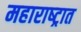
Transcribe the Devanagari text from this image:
महाराष्‍ट्रात